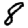
Digit: 8